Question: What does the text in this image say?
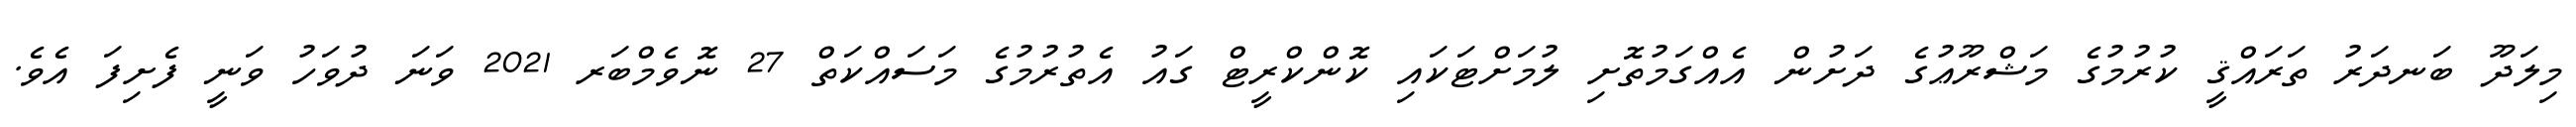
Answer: މިލަދޫ ބަނދަރު ތަރައްޤީ ކުރުމުގެ މަޝްރޫޢުގެ ދަށުން އެއްގަމުތޮށި ލުމަށްޓަކައި ކޮންކްރީޓް ގައު އެތުރުމުގެ މަސައްކަތް 27 ނޮވެމްބަރ 2021 ވަނަ ދުވަހު ވަނީ ފެށިފަ އެވެ.